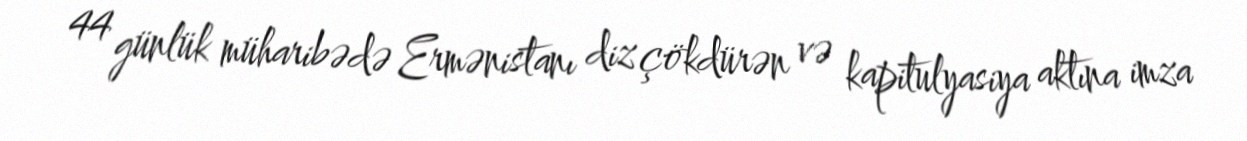
44 günlük müharibədə Ermənistanı diz çökdürən və kapitulyasiya aktına imza